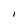
Character: I